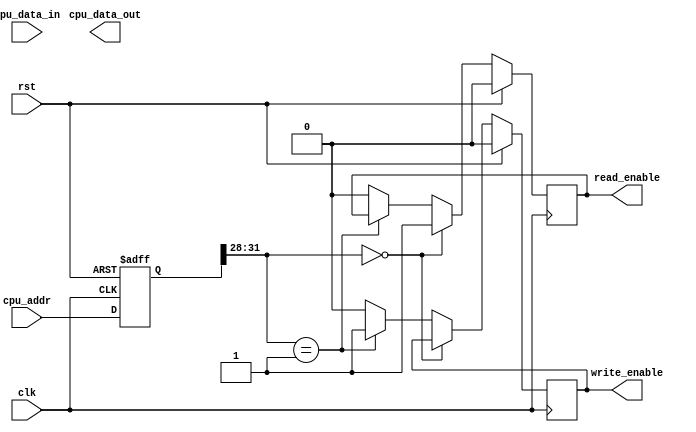
module memory_controller(
    input wire clk,                  // Clock signal
    input wire rst,                  // Reset signal
    input wire [31:0] cpu_addr,      // CPU address
    input wire [31:0] cpu_data_in,   // CPU data input
    output wire [31:0] cpu_data_out, // CPU data output
    output reg read_enable,          // Read operation enable signal
    output reg write_enable          // Write operation enable signal
);

// Address decoding block
reg [31:0] mem_addr;                // Memory address
always @ (posedge clk or posedge rst) begin
    if (rst)
        mem_addr <= 32'b0;          // Reset memory address
    else
        mem_addr <= cpu_addr;       // Update memory address with CPU address
end

// Data buffering block
reg [31:0] data_buffer;             // Data buffer
always @ (posedge clk or posedge rst) begin
    if (rst)
        data_buffer <= 32'b0;       // Reset data buffer
    else if (write_enable)
        data_buffer <= cpu_data_in; // Update data buffer with CPU data input
end

// Control logic block
always @ (posedge clk) begin
    if (rst) begin
        read_enable <= 1'b0;        // Disable read operation
        write_enable <= 1'b0;       // Disable write operation
    end else begin
        if (mem_addr[31:28] == 4'b0000) begin
            read_enable <= 1'b1;    // Enable read operation for memory addresses starting with "0000"
        end else if (mem_addr[31:28] == 4'b0001) begin
            write_enable <= 1'b1;   // Enable write operation for memory addresses starting with "0001"
        end else begin
            read_enable <= 1'b0;    // Disable read operation for other memory addresses
            write_enable <= 1'b0;   // Disable write operation for other memory addresses
        end
    end
end

// Memory module interface
// Implement memory module communication and data transfer here

endmodule